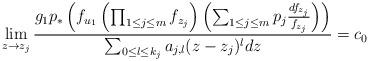
LaTeX: \begin{align*}\lim_{z\rightarrow z_j}\frac{g_1p_*\left(f_{u_1}\left(\prod_{1\le j\le m}f_{z_j}\right)\left(\sum_{1\le j\le m}p_j\frac{df_{z_j}}{f_{z_j}}\right)\right)}{\sum_{0\le l\le k_j}a_{j,l}(z-z_j)^{l}dz}=c_0\end{align*}